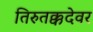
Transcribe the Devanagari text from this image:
तिरुतक्कदेवर